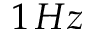
1 \, H z